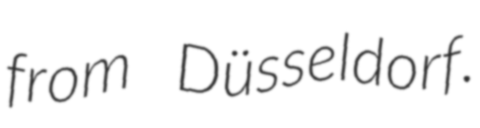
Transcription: from Düsseldorf.